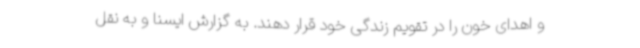
و اهدای خون را در تقویم زندگی خود قرار دهند. به گزارش ایسنا و به نقل